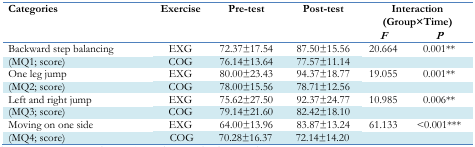
| <ROWSPAN=2> Categories | <ROWSPAN=2> Exercise | <ROWSPAN=2> Pre-test | <ROWSPAN=2> Post-test | <COLSPAN=2> Interaction (Group×Time) |
 | F | P |
 | --- | --- | --- | --- | --- | --- |
 | Backward step balancing | EXG | 72.37±17.54 | 87.50±15.56 | 20.664 | 0.001** |
 | (MQ1; score) | COG | 76.14±13.64 | 77.57±11.14 |  |  |
 | One leg jump | EXG | 80.00±23.43 | 94.37±18.77 | 19.055 | 0.001** |
 | (MQ2; score) | COG | 78.00±15.56 | 78.71±12.56 |  |  |
 | Left and right jump | EXG | 75.62±27.50 | 92.37±24.77 | 10.985 | 0.006** |
 | (MQ3; score) | COG | 79.14±21.60 | 82.42±18.10 |  |  |
 | Moving on one side | EXG | 64.00±13.96 | 83.87±13.24 | 61.133 | <0.001*** |
 | (MQ4; score) | COG | 70.28±16.37 | 72.14±14.20 |  |  |